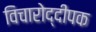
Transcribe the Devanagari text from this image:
विचारोद्दीपक